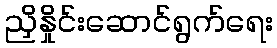
ညှိနှိုင်းဆောင်ရွက်ရေး